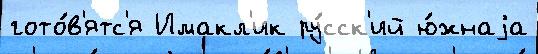
гото́в'ятс'я Имакл'ик ру́сск'ий ю́жнаjа